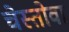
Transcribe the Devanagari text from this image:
चेस्तोवा